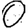
Digit: 0